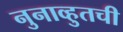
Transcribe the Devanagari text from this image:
नुनाव्हुतची